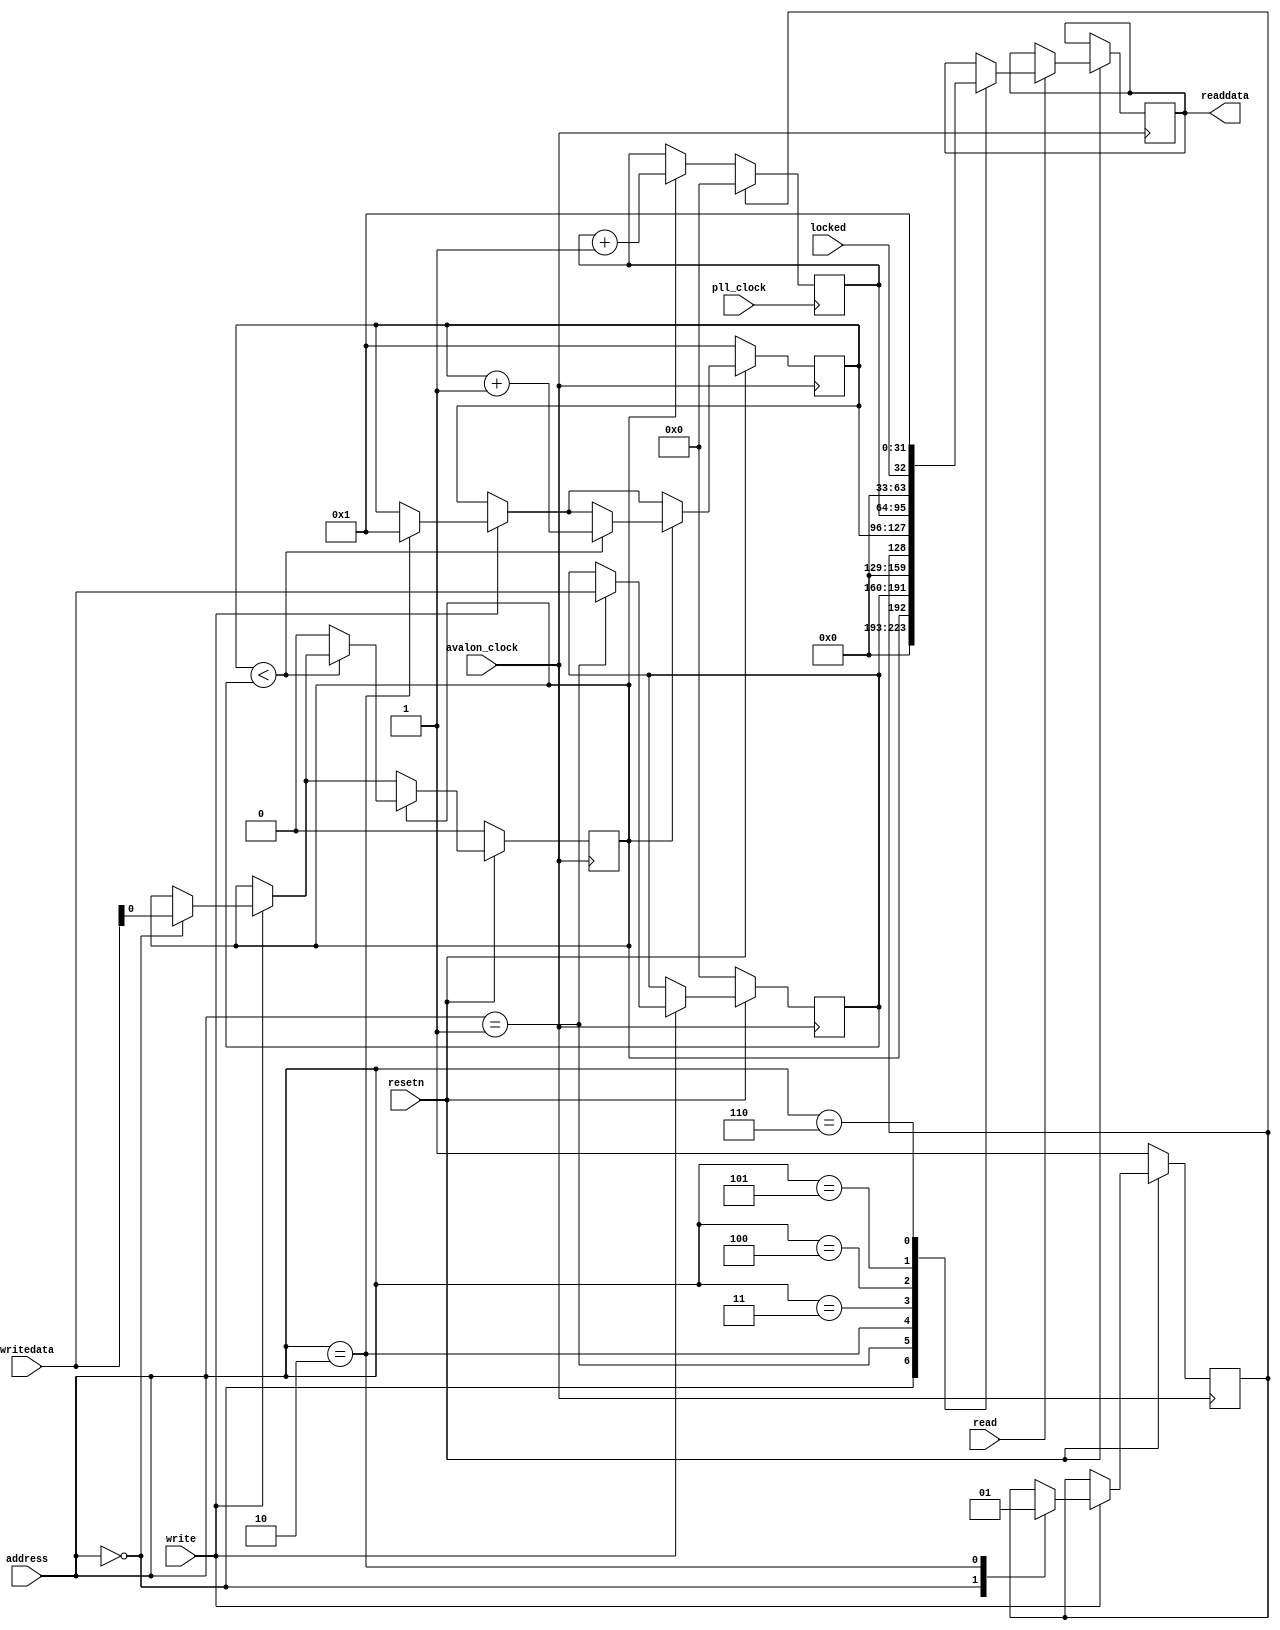
module pllTest (avalon_clock, pll_clock, resetn, writedata, readdata, 
	write, read, address, locked);

parameter ID = 1;
// signals for connecting to the Avalon fabric 
input avalon_clock, pll_clock, resetn, read, write, locked;
input [3:0] address;
input [31:0] writedata;
output [31:0] readdata;

reg [31:0] readdata;
reg [31:0] ref_count, c0_count;
reg go, clear;
reg [31:0] count_num;


always@(posedge avalon_clock) begin
	if(!resetn) begin
		go <= 1'b0;
		count_num <= 32'b0;
		ref_count <= 32'b1;
		clear <= 1'b1;
	end
	else begin
		if(write) begin
			case(address)
				4'b0000: begin
					go <= writedata[0];
					clear <= 1'b0;
				end
				4'b0001: begin
					count_num <= writedata;
				end
				4'b0010: begin
					ref_count <= 32'b1;
					clear <= 1'b1;
				end
				default: ;
			endcase
		end
		if(read) begin
			case(address)
				4'b0000: readdata <= go;
				4'b0001: readdata <= count_num;
				4'b0010: readdata <= clear;
				4'b0011: readdata <= ref_count;
				4'b0100: readdata <= c0_count;
				4'b0101: readdata <= locked;
				4'b0110: readdata <= ID;
				default: ;
			endcase
		end
		if(go) begin
			if(ref_count<count_num) begin
				ref_count <= ref_count + 32'b1;
			end
			else begin
				go <= 1'b0;
			end
		end
	end
end

always@(posedge pll_clock) begin
	if(go) begin
		c0_count <= c0_count + 32'b1;
	end
	if(clear) begin
		c0_count <= 32'b0;
	end
end

endmodule